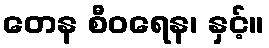
တေန စီဝရေန၊ နှင့်။